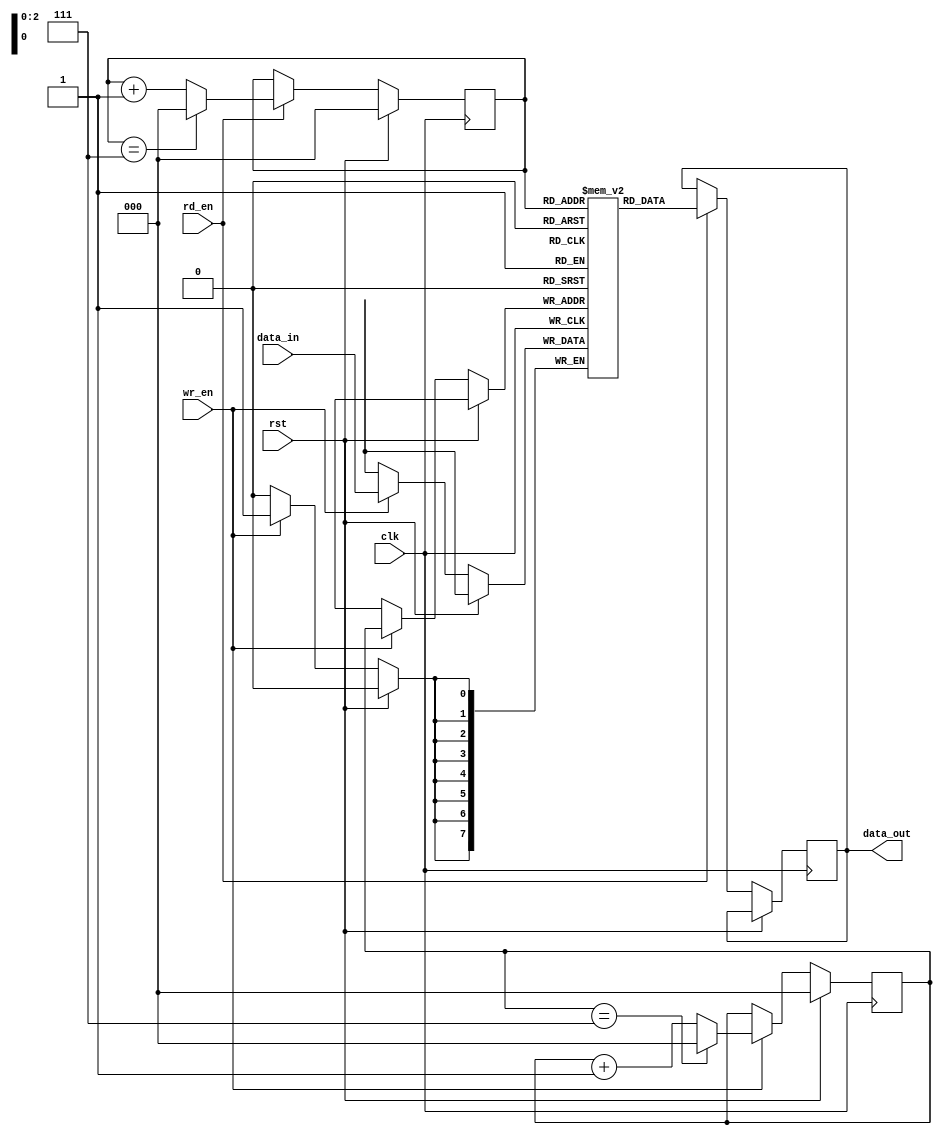
module Circular_FIFO (
    input wire clk,
    input wire rst,
    input wire wr_en,
    input wire rd_en,
    input wire [7:0] data_in,
    output reg [7:0] data_out
);

parameter DEPTH = 8; // depth of the FIFO
reg [7:0] buffer [DEPTH-1:0]; // buffer to store data
reg [2:0] read_ptr;
reg [2:0] write_ptr;

// Initialize read and write pointers
initial begin
    read_ptr = 3'b000;
    write_ptr = 3'b000;
end

// Write data to buffer
always @(posedge clk) begin
    if (rst) begin
        write_ptr <= 3'b000;
    end else if (wr_en) begin
        buffer[write_ptr] <= data_in;
        write_ptr <= (write_ptr == DEPTH-1) ? 3'b000 : write_ptr + 1;
    end
end

// Read data from buffer
always @(posedge clk) begin
    if (rst) begin
        read_ptr <= 3'b000;
    end else if (rd_en) begin
        data_out <= buffer[read_ptr];
        read_ptr <= (read_ptr == DEPTH-1) ? 3'b000 : read_ptr + 1;
    end
end

endmodule